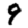
Digit: 9